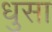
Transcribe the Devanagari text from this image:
धुसा